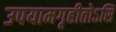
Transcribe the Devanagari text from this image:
उपयामगृहीतोऽसि